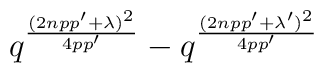
q^{(2npp'+\lambda)^2\over 4pp'}-q^{(2npp'+\lambda')^2\over 4pp'}